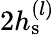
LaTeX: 2h_{\mathrm{s}}^{(l)}